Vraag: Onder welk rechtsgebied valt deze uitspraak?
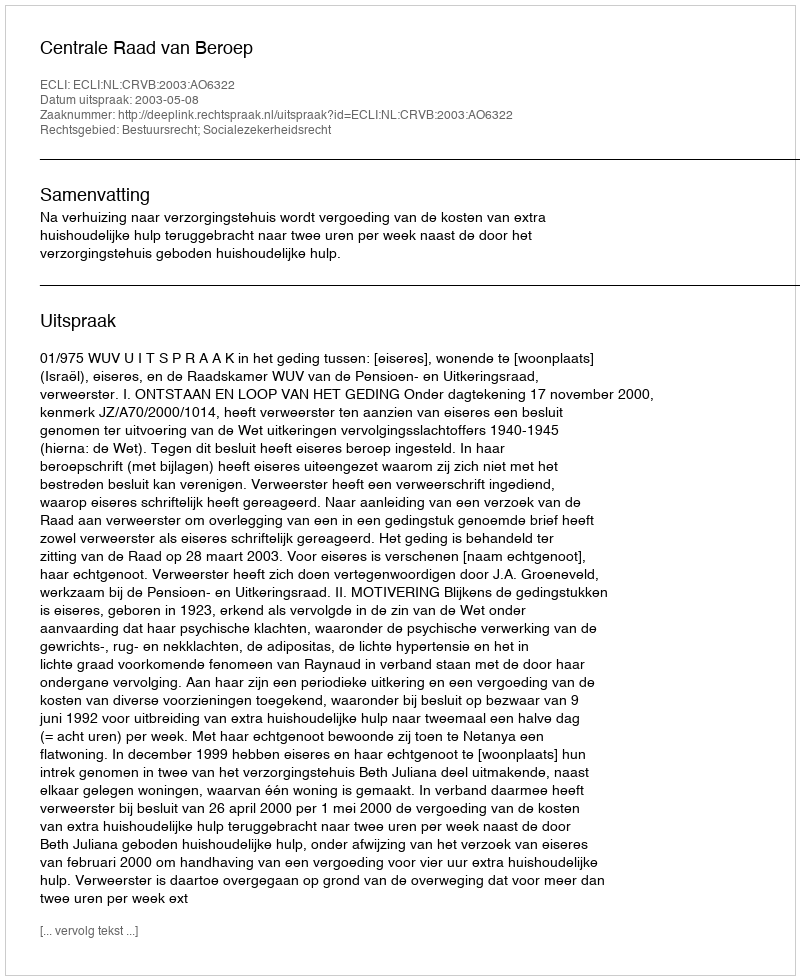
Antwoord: Bestuursrecht; Socialezekerheidsrecht